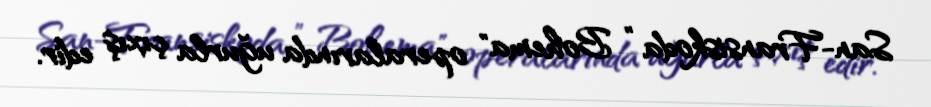
San-Fransiskoda " Bohema" operalarında uğurla çıxış edir.